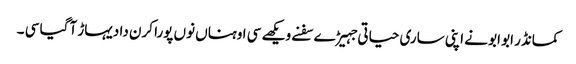
کمانڈر ابو ابو نے اپنی ساری حیاتی جہیڑے سفنے ویکھے سی اوہناں نوں پورا کرن دا دیہاڑ آ گیا سی ۔